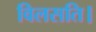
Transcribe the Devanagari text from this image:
विलसति।